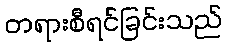
တရားစီရင်ခြင်းသည်